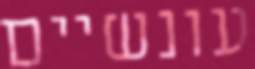
עונשיים